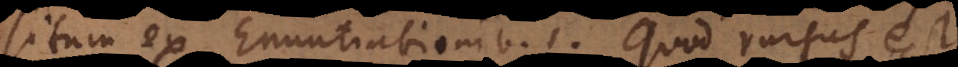
tum ex Enuntiationibus. Quod rursus est